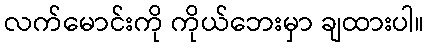
လက်မောင်းကို ကိုယ်ဘေးမှာ ချထားပါ။